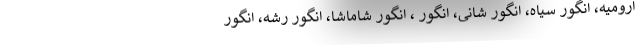
ارومیه، انگور سیاه، انگور شانی، انگور ، انگور شاماشا، انگور رشه، انگور